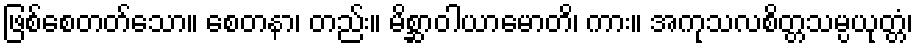
ဖြစ်စေတတ်သော။ စေတနာ၊ တည်း။ မိစ္ဆာဝါယာမောတိ၊ ကား။ အကုသလစိတ္တသမ္ပယုတ္တံ၊